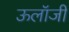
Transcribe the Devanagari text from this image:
ऊलॉजी